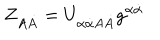
Z _ { A \dot { A } } = U _ { \alpha \dot { \alpha } A \dot { A } } g ^ { \alpha \dot { \alpha } }